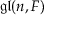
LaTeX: { \mathfrak { g l } } ( n , F )